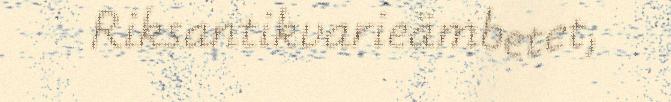
Riksantikvarieämbetet,